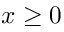
x \geq 0